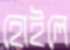
হোইলে